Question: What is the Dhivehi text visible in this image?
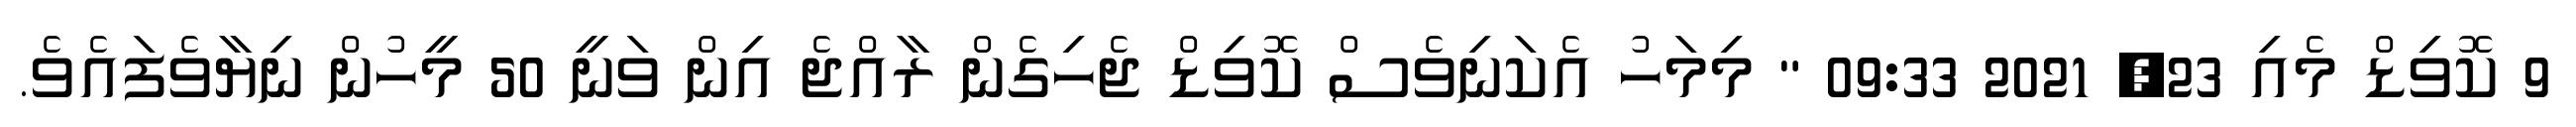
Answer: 9 ކޮވިޑް މެއި 23, 2021 09:33 " މިމަހު އެކަނިވެސް ކޮވިޑް ޖެހިގެން ރާއްޖެ އިން ވަނީ 50 މީހުން ނިޔާވެފައެވެ.